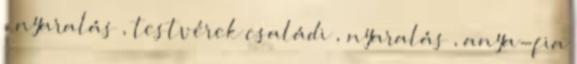
, nyaralás , testvérek családi , nyaralás , anya-fia